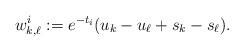
LaTeX: \begin{align*} w^i_{k,\ell} := e^{-t_i}(u_k -u_\ell + s_k-s_\ell).\end{align*}